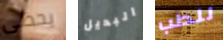
يحظى البديل للطب